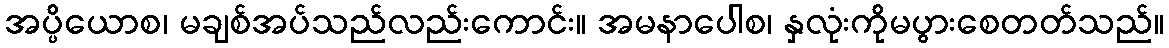
အပ္ပိယောစ၊ မချစ်အပ်သည်လည်းကောင်း။ အမနာပေါစ၊ နှလုံးကိုမပွားစေတတ်သည်။